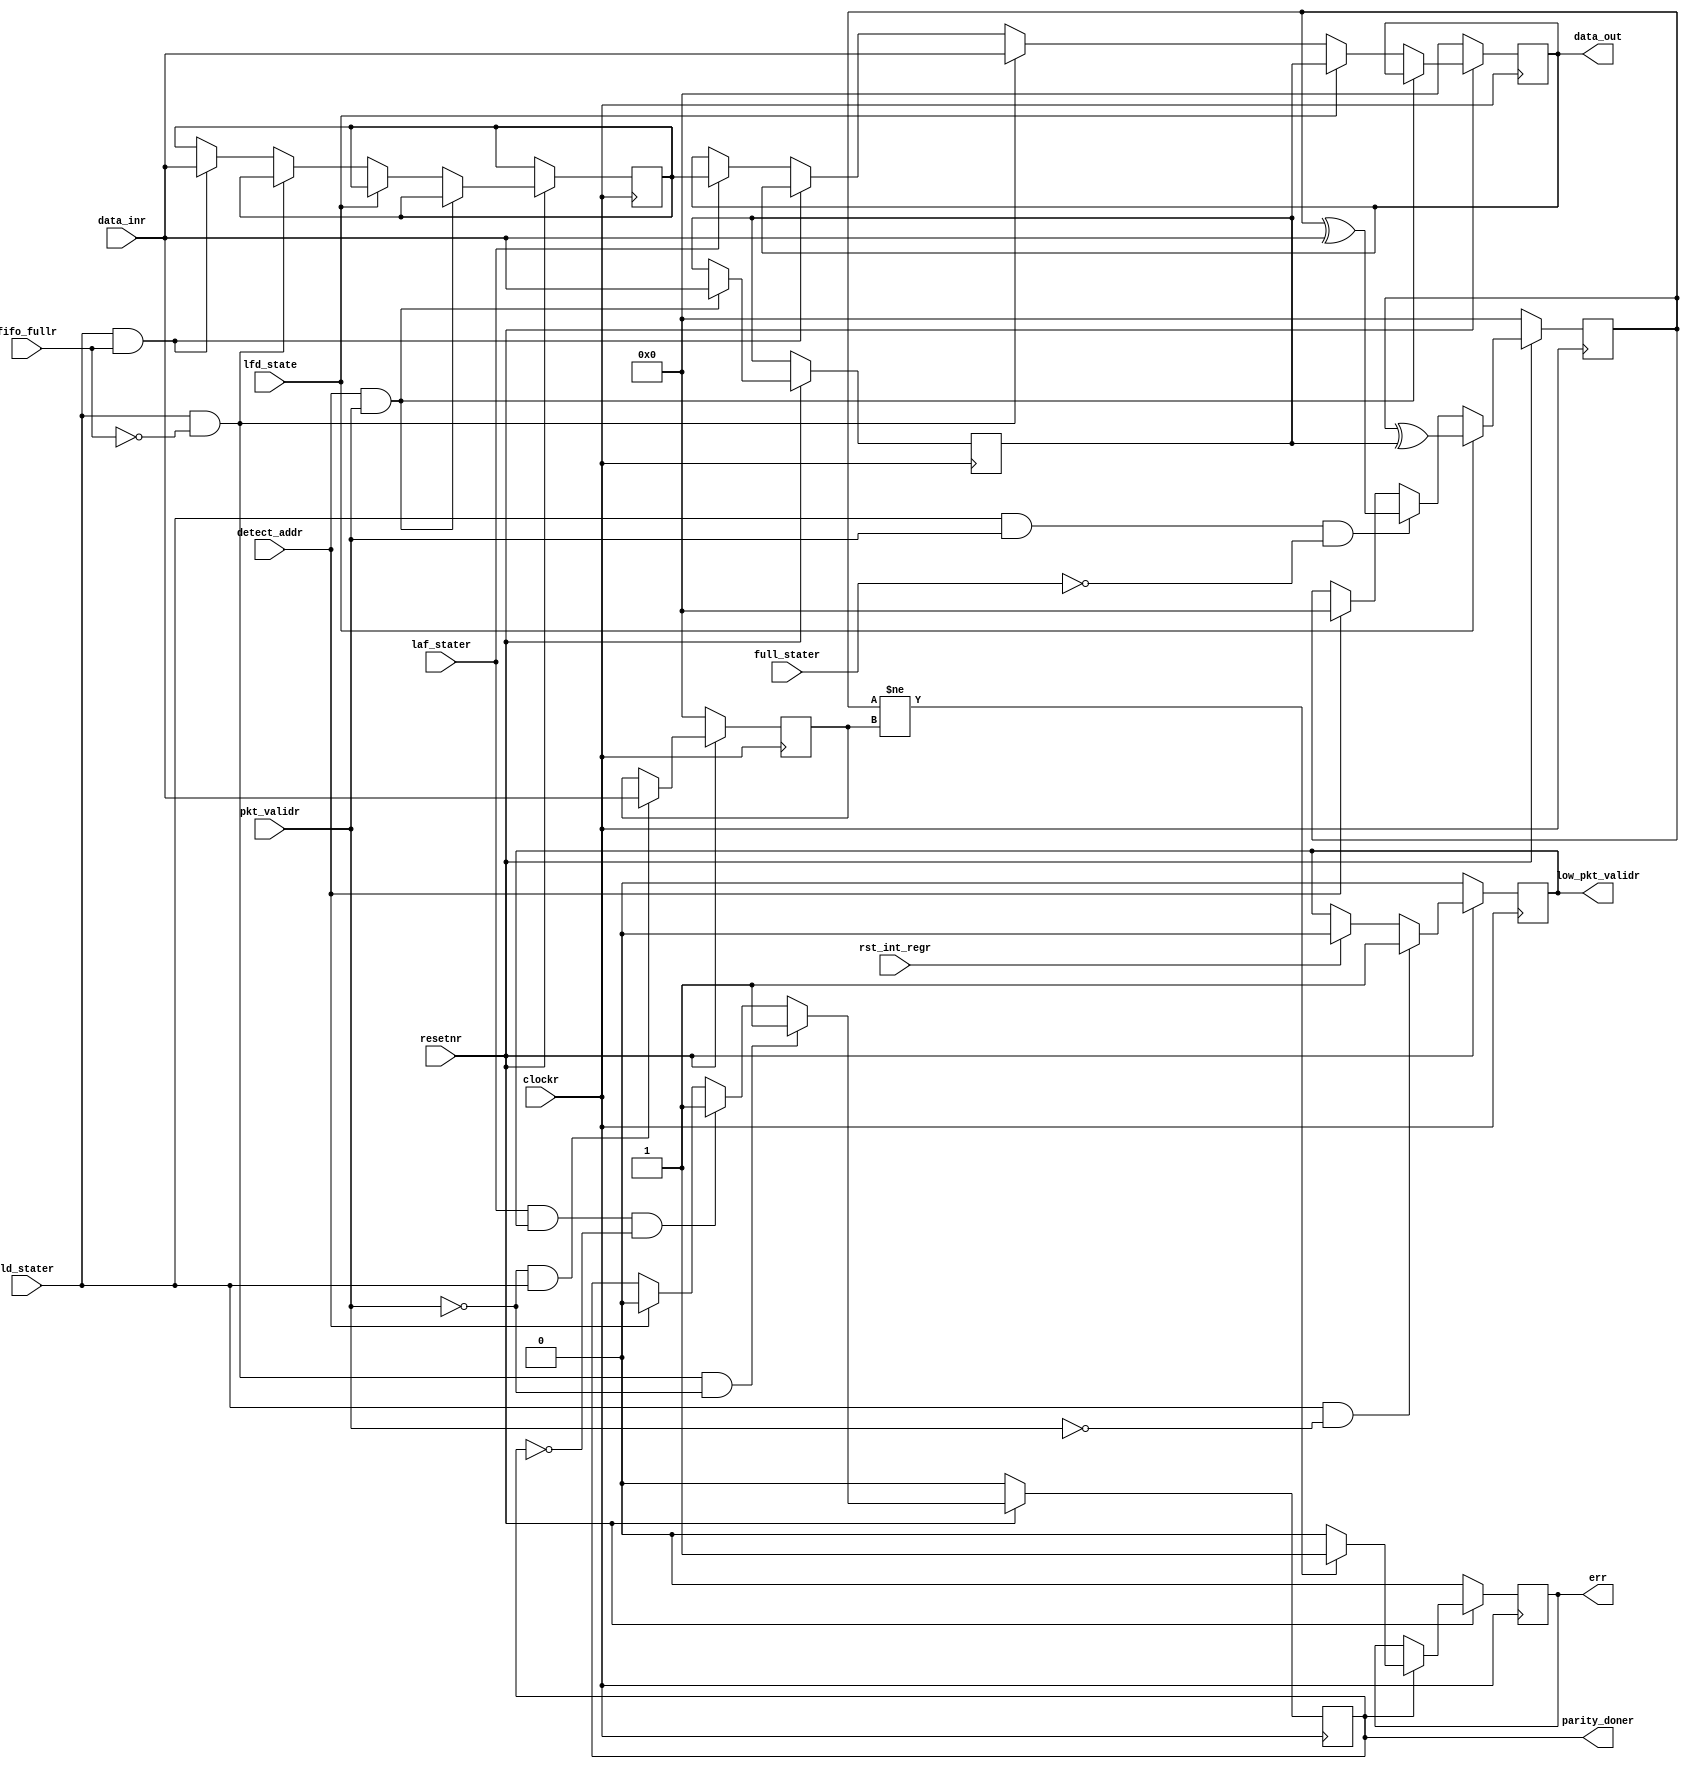
`timescale 1ns / 1ps
//////////////////////////////////////////////////////////////////////////////////
// Company: 
// Engineer: 
// 
// Design Name: 
// Module Name: Register_Project
// Project Name: 
// Target Devices: 
// Tool Versions: 
// Description: 
// 
// Dependencies: 
// 
// Revision:
// Revision 0.01 - File Created
// Additional Comments:
// 
//////////////////////////////////////////////////////////////////////////////////


/* module Register_Project(clockr,resetnr,pkt_validr,data_inr,fifo_fullr,rst_int_regr,detect_addr,ld_stater,laf_stater,full_stater,lfd_state,parity_doner,low_pkt_validr,err,data_out);
input clockr,resetnr,pkt_validr,fifo_fullr,rst_int_regr,detect_addr,ld_stater,laf_stater,full_stater,lfd_state;
input [7:0] data_inr;
output reg parity_doner,err;
output reg [7:0] data_out;
output low_pkt_validr;
// Internal registers for header byte and fifo full state
reg [7:0] header_byte,ffs;
// Internal Parity and packet parity
reg [7:0] internal_parity , packet_parity ;
integer i = 0;
reg [5:0] x ;
assign low_pkt_validr = ~pkt_validr;
always@(posedge clockr)
begin
     // Reset Condition
     if (!resetnr)
     begin
        data_out <= 8'd0;
        {header_byte,parity_doner,err} <= 3'd0;
     end
     //Storing the header byte data internally
     else if (detect_addr == 1'b1)
     begin
        header_byte <= data_inr;
        parity_doner <= 1'b0;
        internal_parity <= 8'd0;
     end
     // Displaying the header byte
     else if (lfd_state && pkt_validr && data_inr[1:0]!= 2'b11)
     begin
         data_out <= header_byte;
         x <= header_byte[7:2] + 1'b1;
         if (full_stater == 1'b0 && pkt_validr == 1'b1)
            internal_parity <= internal_parity ^ header_byte;
     end    
end

always@(posedge clockr)
begin
    // Loading data into memory
     if (ld_stater == 1'b1 && !fifo_fullr)
     begin
        data_out <= data_inr;
        x <= x - 1'b1;
        if (full_stater == 1'b0 && pkt_validr == 1'b1)
            internal_parity <= internal_parity ^ data_inr;
     end
     // Preserving data when full is high
     else if (ld_stater && fifo_fullr == 1'b1)
     begin
        ffs <= data_inr;
        x <= x - 1'b1;
        if (full_stater == 1'b0 && pkt_validr == 1'b1)
            internal_parity <= internal_parity ^ ffs;
        else if (laf_stater == 1'b1) begin
           data_out <=  ffs;
           end
     end  
end

always@(posedge clockr)
begin
    // Defining the Error Signal
     if (x == 1) 
        packet_parity <= data_inr;
     else if (rst_int_regr)
        {internal_parity,packet_parity} <= 14'd0;
     if (pkt_validr == 1'b0)
         if (internal_parity != packet_parity)
            err <= 1'b1;
     else
        err <= 1'b0;
     if ((ld_stater && !fifo_fullr && !pkt_validr) || (laf_stater && low_pkt_validr &&!parity_doner))
        parity_doner <= 1'b1;
     else if (laf_stater && low_pkt_validr && !parity_doner)
        parity_doner <= 1'b0;
end
endmodule */



// Outside codeeeee
module Register_Project(input clockr,resetnr,pkt_validr,
input [7:0] data_inr,
input fifo_fullr,detect_addr,ld_stater,laf_stater,full_stater,lfd_state,rst_int_regr,
output reg err,parity_doner,low_pkt_validr,
output reg [7:0] data_out);
reg [7:0] hold_header_byte,fifo_full_state_byte,internal_parity,packet_parity_byte;
//parity done
always@(posedge clockr)
begin
	if(!resetnr)
	begin
		parity_doner<=1'b0;
	end
	else
	begin
		if(ld_stater && !fifo_fullr && !pkt_validr)
			parity_doner<=1'b1;
		else if(laf_stater && low_pkt_validr && !parity_doner)
			parity_doner<=1'b1;
		else
		begin
			if(detect_addr)
				parity_doner<=1'b0;
		end
	end
end
//low_packet valid
always@(posedge clockr)
begin
	if(!resetnr)
		low_pkt_validr<=1'b0;
	else
	begin
		if(rst_int_regr)
			low_pkt_validr<=1'b0;
		if(ld_stater==1'b1 && pkt_validr==1'b0)
			low_pkt_validr<=1'b1;
	end
end
//dout
always@(posedge clockr)
begin
	if(!resetnr)
		data_out<=8'b0;
	else
	begin
		if(detect_addr && pkt_validr)
			hold_header_byte<=data_inr;
		else if(lfd_state)
			data_out<=hold_header_byte;
		else if(ld_stater && !fifo_fullr)
			data_out<=data_inr;
		else if(ld_stater && fifo_fullr)
			fifo_full_state_byte<=data_inr;
		else
		begin
		if(laf_stater)
			data_out<=fifo_full_state_byte;
		end
	end
end
// internal parity
always@(posedge clockr)
	begin
		if(!resetnr)
			internal_parity<=8'b0;
		else if(lfd_state)
			internal_parity<=internal_parity ^ hold_header_byte;
		else if(ld_stater && pkt_validr && !full_stater)
			internal_parity<=internal_parity ^ data_inr;
		else
		begin
			if (detect_addr)
				internal_parity<=8'b0;
		end
end
//error and packet_
always@(posedge clockr)
begin
	if(!resetnr)
		packet_parity_byte<=8'b0;
	else
	begin
		if(!pkt_validr && ld_stater)
			packet_parity_byte<=data_inr;
	end
end
//error
always@(posedge clockr)
begin
	if(!resetnr)
		err<=1'b0;
	else
	begin
		if(parity_doner)
		begin
			if(internal_parity!=packet_parity_byte)
				err<=1'b1;
			else
				err<=1'b0;
		end
	end
end
endmodule